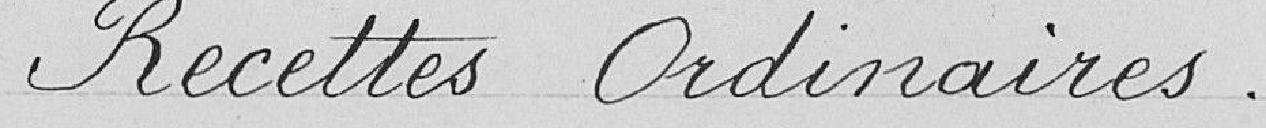
Recettes ordinaires